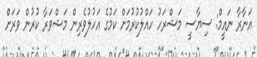
އަނާރާ ނައީމް: ސިޔާސީ މަޝްރަހު ހައްލުކުރުމަށް ކަމުގެ އަހުލުވެރިން މަޝްވަރާ ކުރުން ވަރަށް